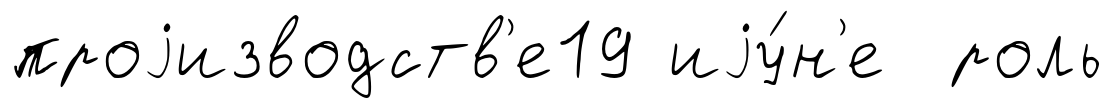
проjизводств'е19 иjу́н'е роль